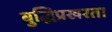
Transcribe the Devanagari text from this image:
बुद्धिप्रखरता